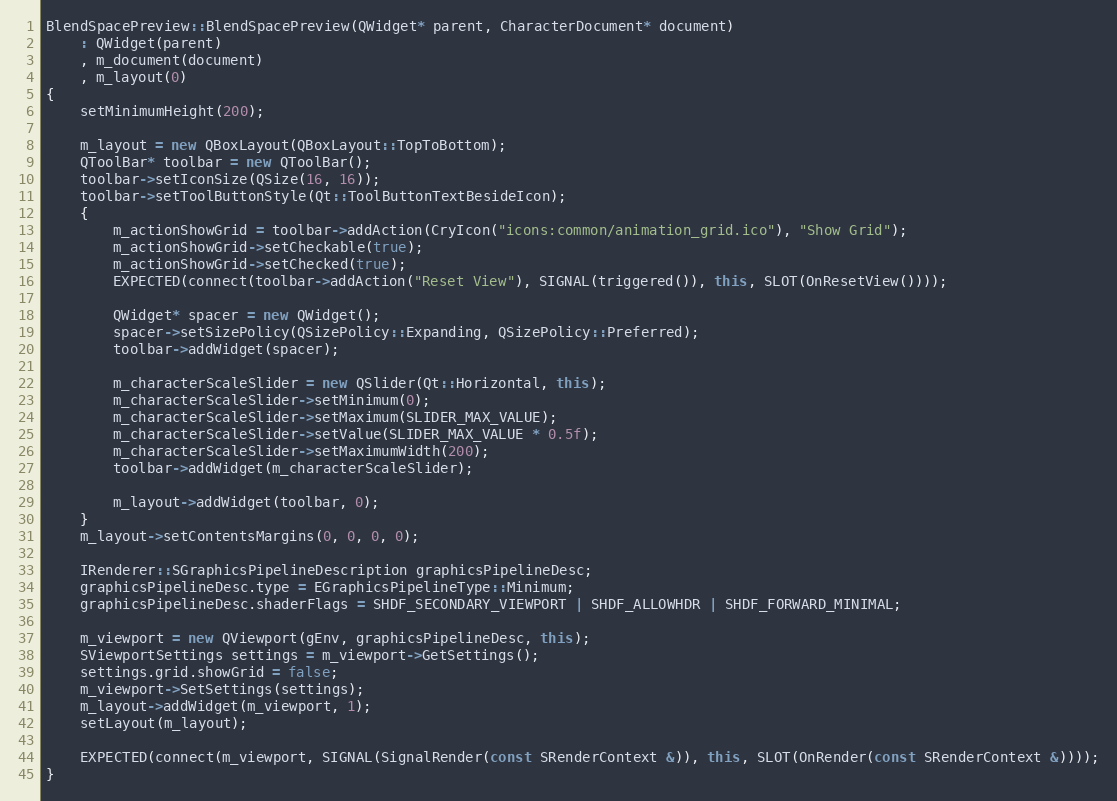
Language: C++
BlendSpacePreview::BlendSpacePreview(QWidget* parent, CharacterDocument* document)
	: QWidget(parent)
	, m_document(document)
	, m_layout(0)
{
	setMinimumHeight(200);

	m_layout = new QBoxLayout(QBoxLayout::TopToBottom);
	QToolBar* toolbar = new QToolBar();
	toolbar->setIconSize(QSize(16, 16));
	toolbar->setToolButtonStyle(Qt::ToolButtonTextBesideIcon);
	{
		m_actionShowGrid = toolbar->addAction(CryIcon("icons:common/animation_grid.ico"), "Show Grid");
		m_actionShowGrid->setCheckable(true);
		m_actionShowGrid->setChecked(true);
		EXPECTED(connect(toolbar->addAction("Reset View"), SIGNAL(triggered()), this, SLOT(OnResetView())));

		QWidget* spacer = new QWidget();
		spacer->setSizePolicy(QSizePolicy::Expanding, QSizePolicy::Preferred);
		toolbar->addWidget(spacer);

		m_characterScaleSlider = new QSlider(Qt::Horizontal, this);
		m_characterScaleSlider->setMinimum(0);
		m_characterScaleSlider->setMaximum(SLIDER_MAX_VALUE);
		m_characterScaleSlider->setValue(SLIDER_MAX_VALUE * 0.5f);
		m_characterScaleSlider->setMaximumWidth(200);
		toolbar->addWidget(m_characterScaleSlider);

		m_layout->addWidget(toolbar, 0);
	}
	m_layout->setContentsMargins(0, 0, 0, 0);

	IRenderer::SGraphicsPipelineDescription graphicsPipelineDesc;
	graphicsPipelineDesc.type = EGraphicsPipelineType::Minimum;
	graphicsPipelineDesc.shaderFlags = SHDF_SECONDARY_VIEWPORT | SHDF_ALLOWHDR | SHDF_FORWARD_MINIMAL;

	m_viewport = new QViewport(gEnv, graphicsPipelineDesc, this);
	SViewportSettings settings = m_viewport->GetSettings();
	settings.grid.showGrid = false;
	m_viewport->SetSettings(settings);
	m_layout->addWidget(m_viewport, 1);
	setLayout(m_layout);

	EXPECTED(connect(m_viewport, SIGNAL(SignalRender(const SRenderContext &)), this, SLOT(OnRender(const SRenderContext &))));
}